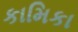
કામિકા